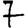
Digit: 7